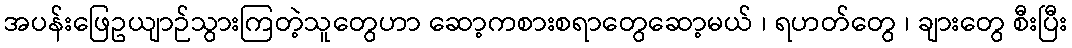
အပန်းဖြေဥယျာဉ်သွားကြတဲ့သူတွေဟာ ဆော့ကစားစရာတွေဆော့မယ် ၊ ရဟတ်တွေ ၊ ချားတွေ စီးပြီး